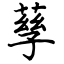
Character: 孳